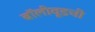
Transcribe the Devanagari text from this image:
बॉलीवूडची